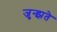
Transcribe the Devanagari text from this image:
जुन्झते